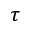
\tau